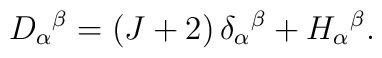
D_\alpha{}^\beta=(J+2)\,\delta_\alpha{}^\beta+H_\alpha{}^\beta.